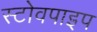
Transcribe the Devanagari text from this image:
स्टोवपाइप